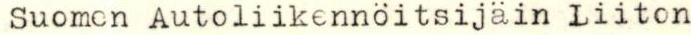
Suomen Autoliikennöitsijäin Liiton